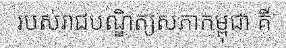
របស់រាជបណ្ឌិត្យសភាកម្ពុជា គឺ